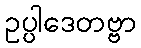
ဥပ္ပါဒေတဗ္ဗာ